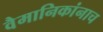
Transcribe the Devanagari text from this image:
वैमानिकांनाच